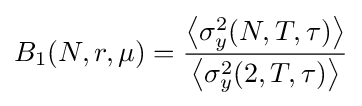
B_{1}(N,r,\mu )={\frac {\left\langle \sigma _{y}^{2}(N,T,\tau )\right\rangle }{\left\langle \sigma _{y}^{2}(2,T,\tau )\right\rangle }}